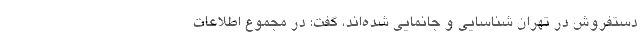
دستفروش در تهران شناسایی و جانمایی شده‌اند، گفت: در مجموع اطلاعات